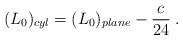
LaTeX: \begin{align*}(L_{0})_{cyl}=(L_{0})_{plane}-\frac{c}{24}\;.\end{align*}